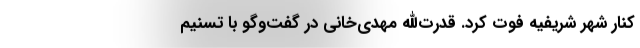
کنار شهر شریفیه فوت کرد. قدرت‌الله مهدی‌خانی در گفت‌‌وگو با تسنیم